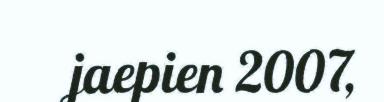
jaepien 2007,